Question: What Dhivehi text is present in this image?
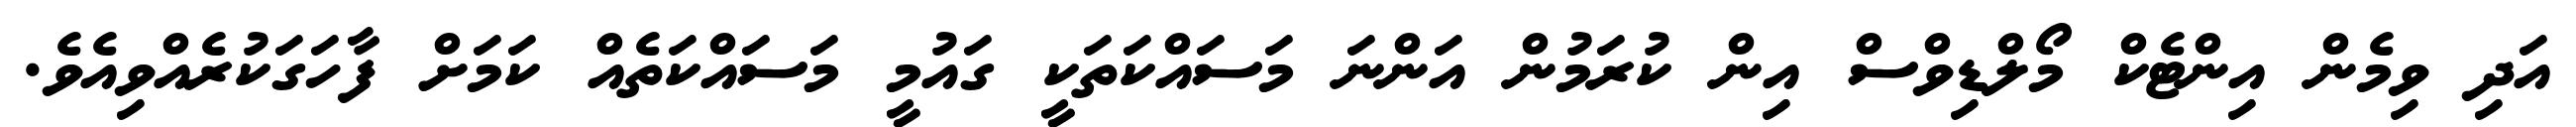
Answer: އަދި ވިމެން އިންޓެކް މޯލްޑިވްސް އިން ކުރަމުން އަންނަ މަސައްކަތަކީ ގައުމީ މަސައްކަތެއް ކަމަށް ފާހަގަކުރެއްވިއެވެ.